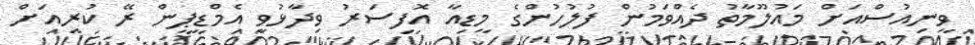
ވީނިއުސްއަށް މައުލޫމާތު ދެއްވަމުން ފުލުހުންގެ މީޑިއާ އޮފިސަރު ވިދާޅުވީ އެމްޑީޕީން ރޭ ކުރިއަށް